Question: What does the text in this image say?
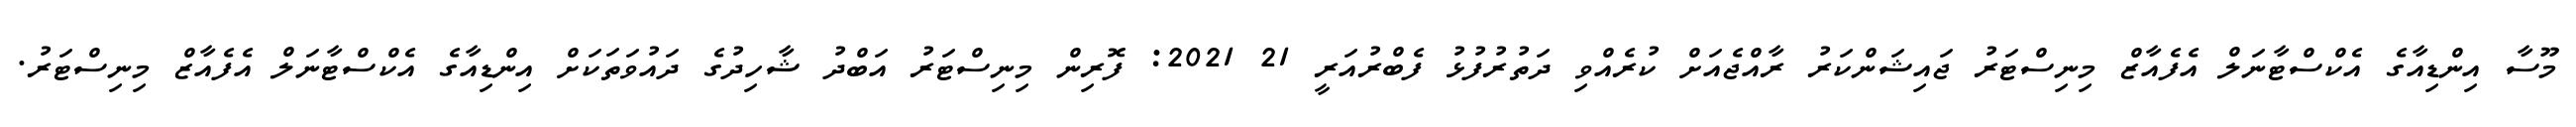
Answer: މޫސާ އިންޑިއާގެ އެކްސްޓާނަލް އެފެއާޒް މިނިސްޓަރު ޖައިޝަންކަރު ރާއްޖެއަށް ކުރެއްވި ދަތުރުފުޅު ފެބްރުއަރީ 21 2021: ފޮރިން މިނިސްޓަރު އަބްދު ޝާހިދުގެ ދައުވަތަކަށް އިންޑިއާގެ އެކްސްޓާނަލް އެފެއާޒް މިނިސްޓަރު.